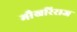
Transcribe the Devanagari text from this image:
मौखरिराज